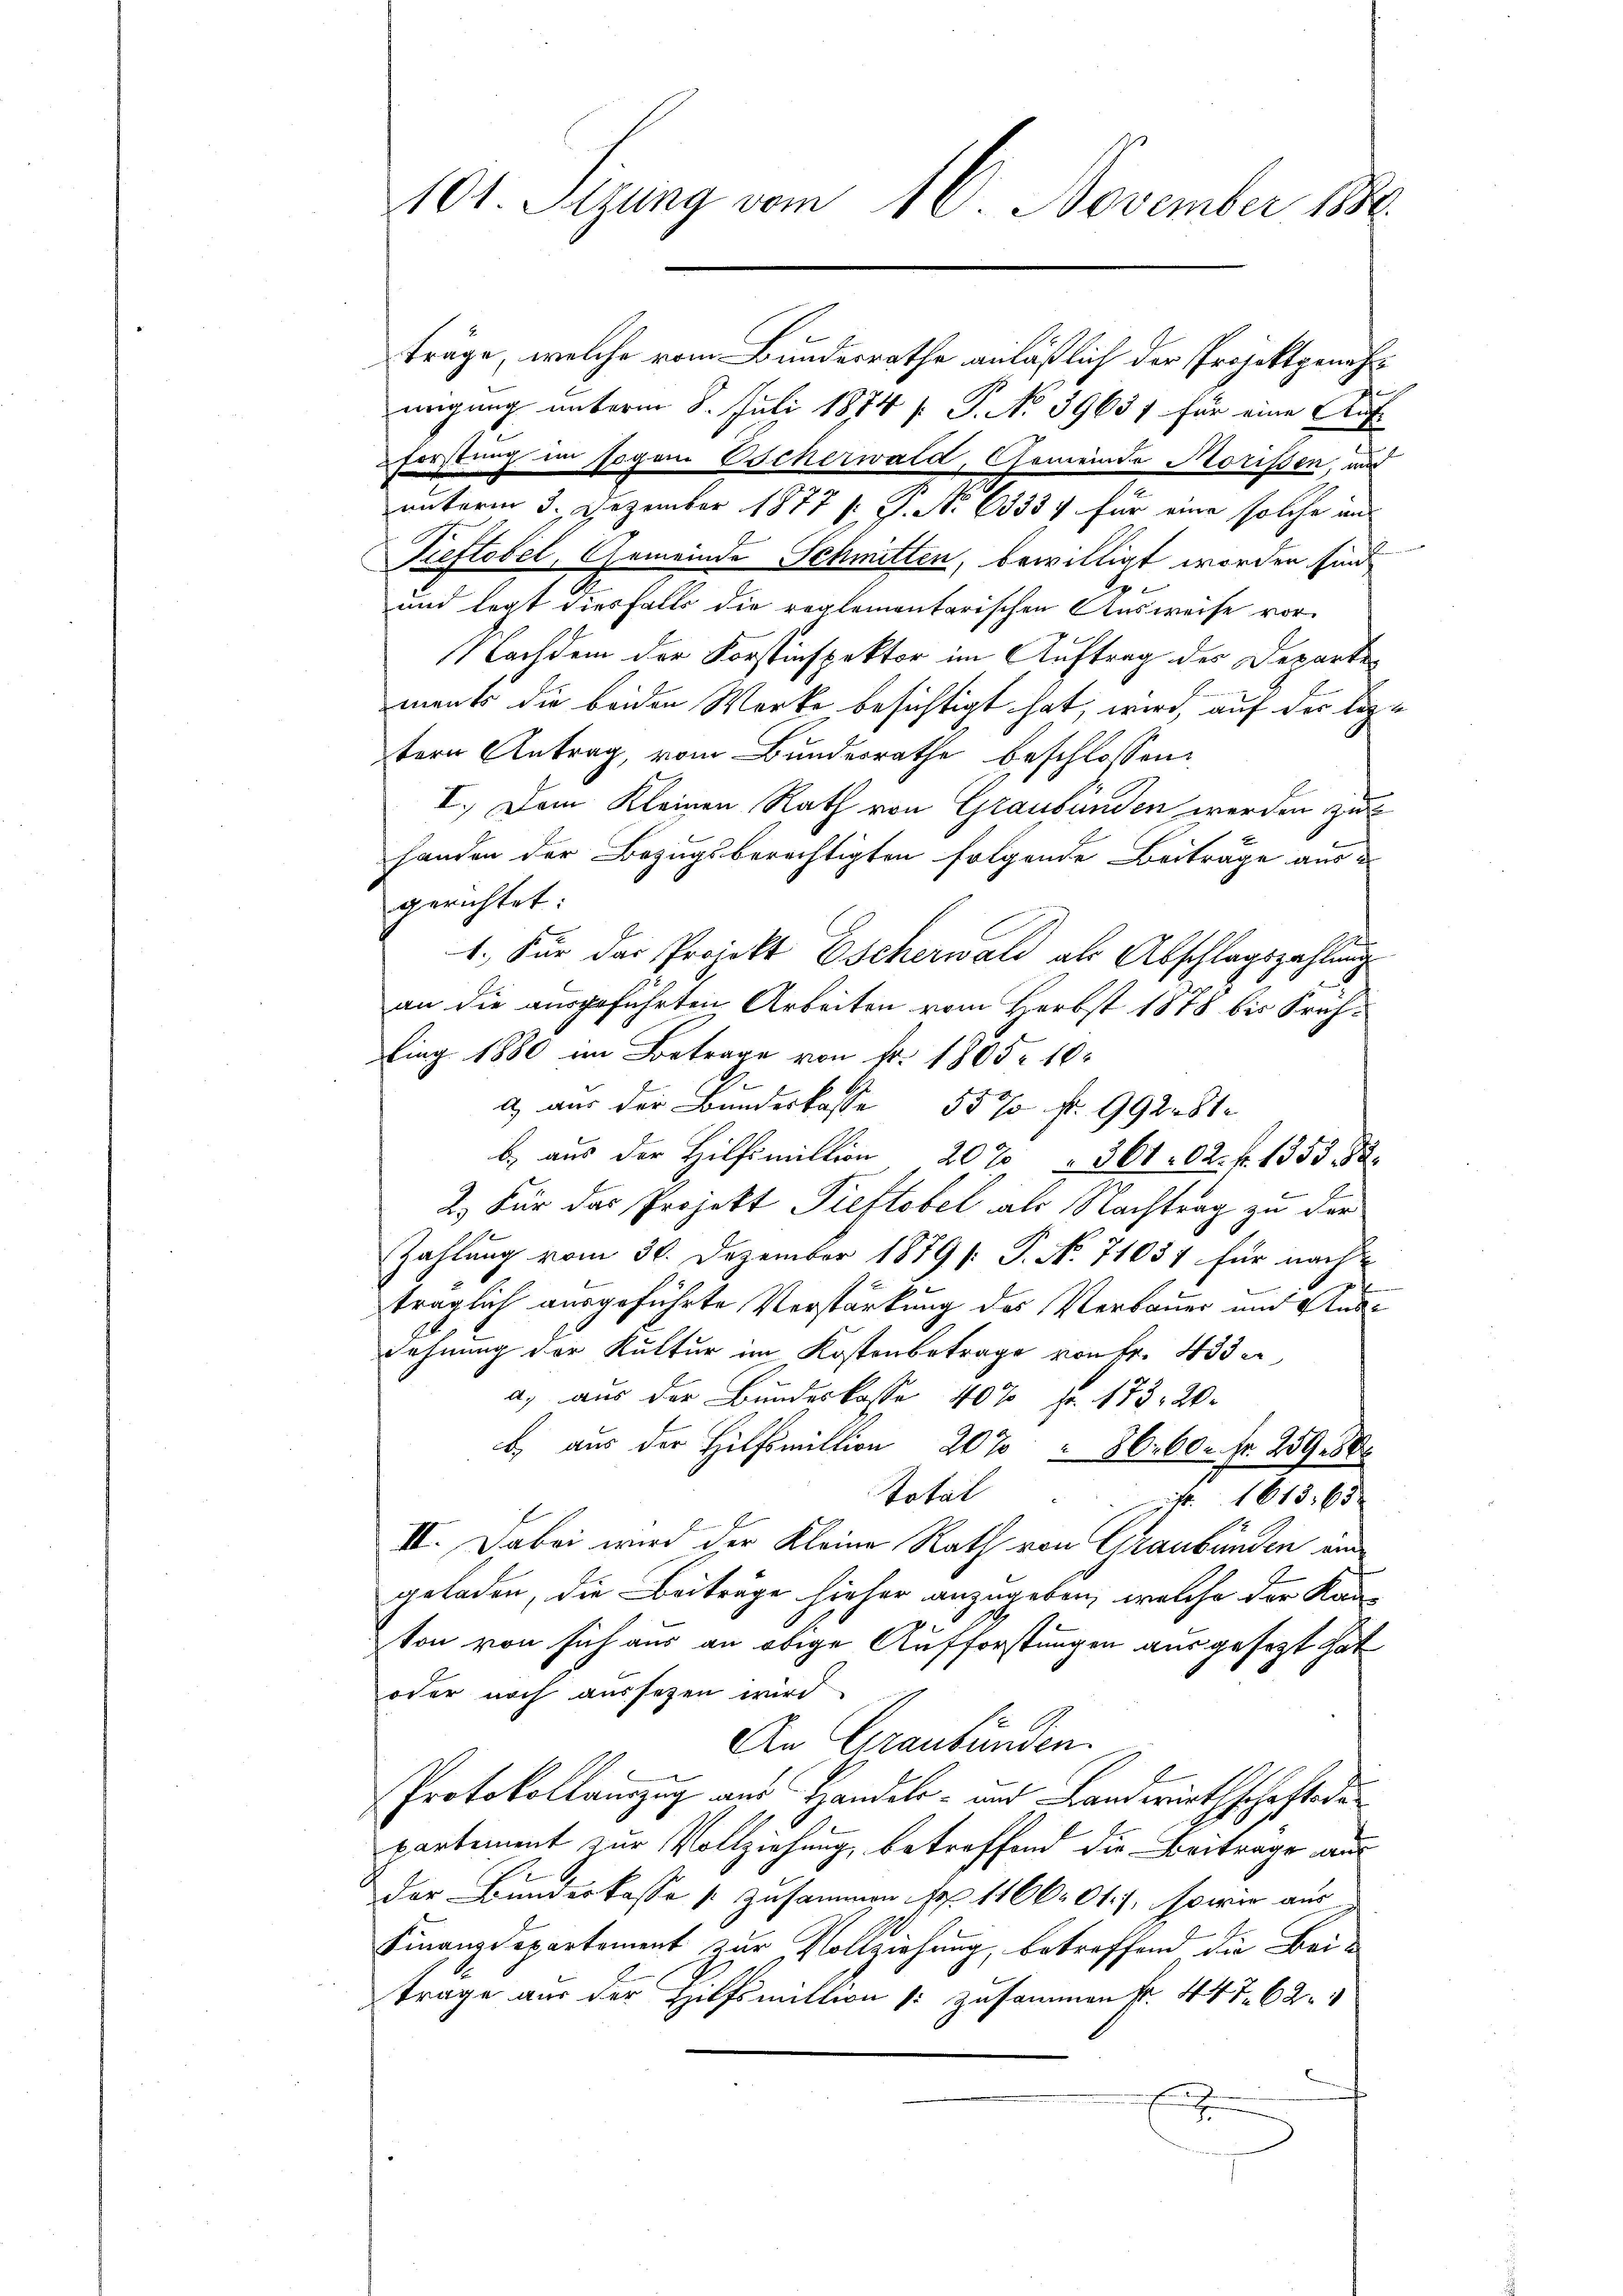
101. Sizung vom 16. November 1880.

träge, welche vom Bundesrathe anläßlich der Projektgenehmigung unterm 8. Juli 1874 [: P. No 39631 für eine Auf¬
Forstung im sogar Escherwald, Gemeinde Morissen, und
unterm 3. Dezember 1877 [: P. No 63337 für eine solche an
Peftobel, Gemeinde Schmitten, bewilligt worden sind

und legt diesfalls die reglementarischen Ausweise vor
Nachdem der Forstinspektor im Auftrag des Departements die beiden Werke besichtigt hat, wird, auf der leztern Antrag, vom Bundesrathe beschlossen:
I. Dem Kleinen Rath von Graubünden werden zu
handen der Bezugsberechtigten folgende Beiträge aus u
gerichtet:
1. Für das Projekt Escherwald als Abschlagszahlung
an die ausgeführten Arbeiten vom Herbst 1878 bis Frehling 1880 im Betrage von Fr. 1805. 10
d) aus der Bundeskasse 55% fr. 99 281
b. aus der Hilfsmillion 20% " 361. 62. f. 1353. Der
2.) Für das Projekt Pieftobel als Nachtrag zu der
Zahlung vom 30. Dezember 1879 /: P. No 71037 für nach
träglich ausgeführte Verstärkung des Verbauer und Aus¬
Fehnung der Kultur im Kostenbetrage von Fr. 433 e
a) aus der Bundeskasse 40% fr. 173. 20.
b. aus der Hilfsmillion 20% " 36. 60. Fr. 259es
Total . . 1613. 63
III. Dabei wird der Kleine Rath von Graubünden ein
geladen, die Beiträge hieher anzugeben, welche der Kauvon von sich aus an obige Aufforstungen ausgesezt hat
oder noch aussetzen wird
An Graubünden.
Protokollanzug aus Handels- und Landwirthschafte de
partement zur Vollziehung, betreffend die Beitrage aus
der Bunderkasse zusammen Fr. 1166 01.), sowie aus
Finanzdepartement zur Vollziehung, betreffend die Beitrage aus der Hilfsmittin /: zusammen fr. 447. 62
.